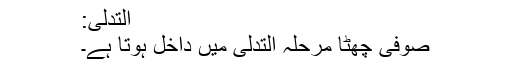
اَلتَّدَلِّی:
صوفی چھٹا مرحلہ اَلتَّدَلِّی میں داخل ہوتا ہے۔